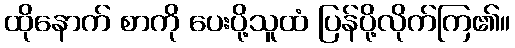
ထိုနောက် စာကို ပေးပို့သူထံ ပြန်ပို့လိုက်ကြ၏။